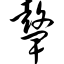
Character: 鼙